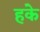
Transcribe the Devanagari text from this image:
हके